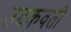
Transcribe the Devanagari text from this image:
उदकवती